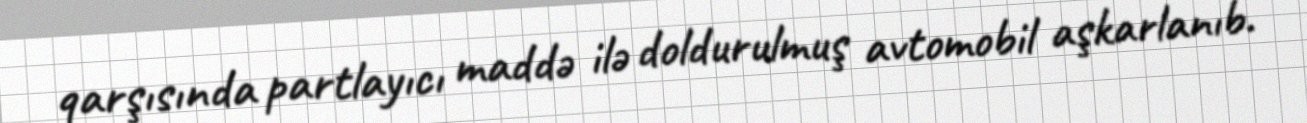
qarşısında partlayıcı maddə ilə doldurulmuş avtomobil aşkarlanıb.